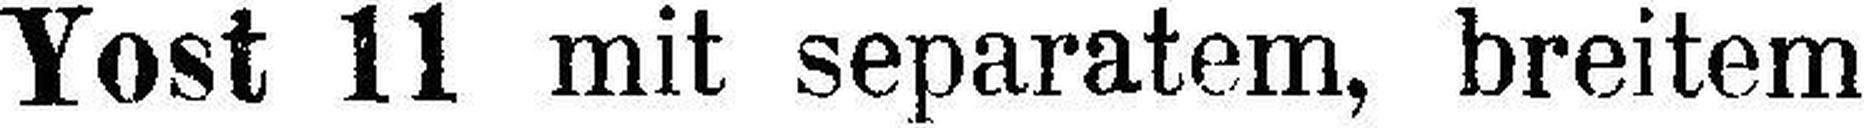
Yost 11 mit separatem, breitem